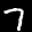
Label: 7